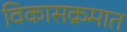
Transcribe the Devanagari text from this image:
विकासक्रमात